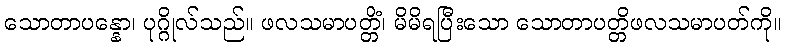
သောတာပန္နော၊ ပုဂ္ဂိုလ်သည်။ ဖလသမာပတ္တိံ၊ မိမိရပြီးသော သောတာပတ္တိဖလသမာပတ်ကို။